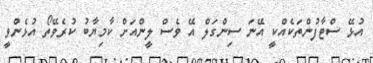
އުޅޭ ސްޓާފުންތަކެއްކީ އޭނަ ސިންގަލް އޭ ވެސް ލީންއަށް ކާމިޔާބު ކުރެވޭތޯ އުޅެންވީ